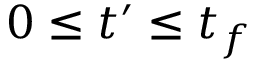
0 \leq t ^ { \prime } \leq t _ { f }